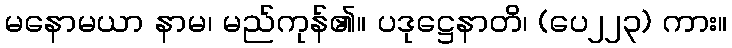
မနောမယာ နာမ၊ မည်ကုန်၏။ ပဒုဋ္ဌေနာတိ၊ (ပေ၂၂၃) ကား။